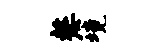
嫠境